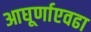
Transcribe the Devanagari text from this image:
आघूर्णाएवढा